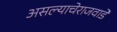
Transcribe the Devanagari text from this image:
असल्याचेराजवाडे